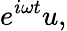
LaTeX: e^{i\omega t}u,